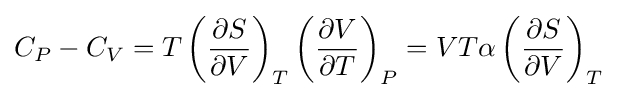
C_{P}-C_{V}=T\left({\frac {\partial S}{\partial V}}\right)_{T}\left({\frac {\partial V}{\partial T}}\right)_{P}=VT\alpha \left({\frac {\partial S}{\partial V}}\right)_{T}